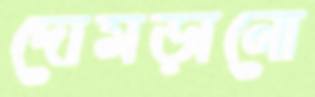
দোমড়ানো